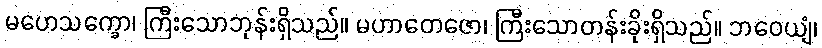
မဟေသက္ခော၊ ကြီးသောဘုန်းရှိသည်။ မဟာတေဇော၊ ကြီးသောတန်းခိုးရှိသည်။ ဘဝေယျံ၊